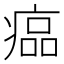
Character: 𤸔